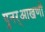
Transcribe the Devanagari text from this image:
पुनर्‌आखणी